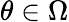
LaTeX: \theta\in\Omega